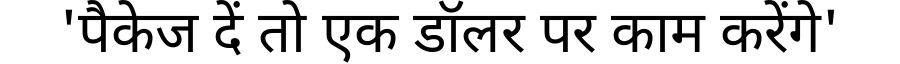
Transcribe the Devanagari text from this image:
'पैकेज दें तो एक डॉलर पर काम करेंगे'